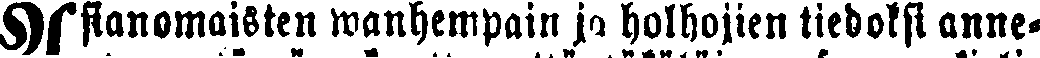
Asianomaisten wanhempain ja holhojien tiedoksi anne-